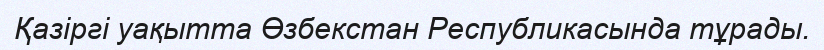
Қазіргі уақытта Өзбекстан Республикасында тұрады.